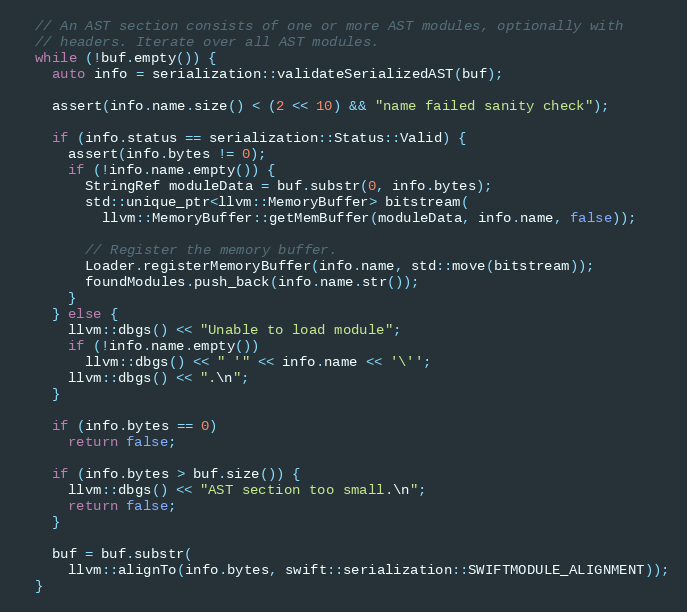
Language: C++
  // An AST section consists of one or more AST modules, optionally with
  // headers. Iterate over all AST modules.
  while (!buf.empty()) {
    auto info = serialization::validateSerializedAST(buf);

    assert(info.name.size() < (2 << 10) && "name failed sanity check");

    if (info.status == serialization::Status::Valid) {
      assert(info.bytes != 0);
      if (!info.name.empty()) {
        StringRef moduleData = buf.substr(0, info.bytes);
        std::unique_ptr<llvm::MemoryBuffer> bitstream(
          llvm::MemoryBuffer::getMemBuffer(moduleData, info.name, false));

        // Register the memory buffer.
        Loader.registerMemoryBuffer(info.name, std::move(bitstream));
        foundModules.push_back(info.name.str());
      }
    } else {
      llvm::dbgs() << "Unable to load module";
      if (!info.name.empty())
        llvm::dbgs() << " '" << info.name << '\'';
      llvm::dbgs() << ".\n";
    }

    if (info.bytes == 0)
      return false;

    if (info.bytes > buf.size()) {
      llvm::dbgs() << "AST section too small.\n";
      return false;
    }

    buf = buf.substr(
      llvm::alignTo(info.bytes, swift::serialization::SWIFTMODULE_ALIGNMENT));
  }